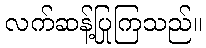
လက်ဆန့်ပြုကြသည်။